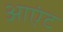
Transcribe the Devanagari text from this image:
आएंट